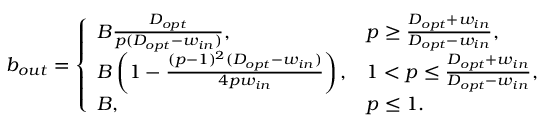
b _ { o u t } = \left\{ \begin{array} { l l } { B \frac { D _ { o p t } } { p ( D _ { o p t } - w _ { i n } ) } , } & { p \ge \frac { D _ { o p t } + w _ { i n } } { D _ { o p t } - w _ { i n } } , } \\ { B \left( 1 - \frac { ( p - 1 ) ^ { 2 } ( D _ { o p t } - w _ { i n } ) } { 4 p w _ { i n } } \right) , } & { 1 < p \le \frac { D _ { o p t } + w _ { i n } } { D _ { o p t } - w _ { i n } } , } \\ { B , } & { p \le 1 . } \end{array} \right.